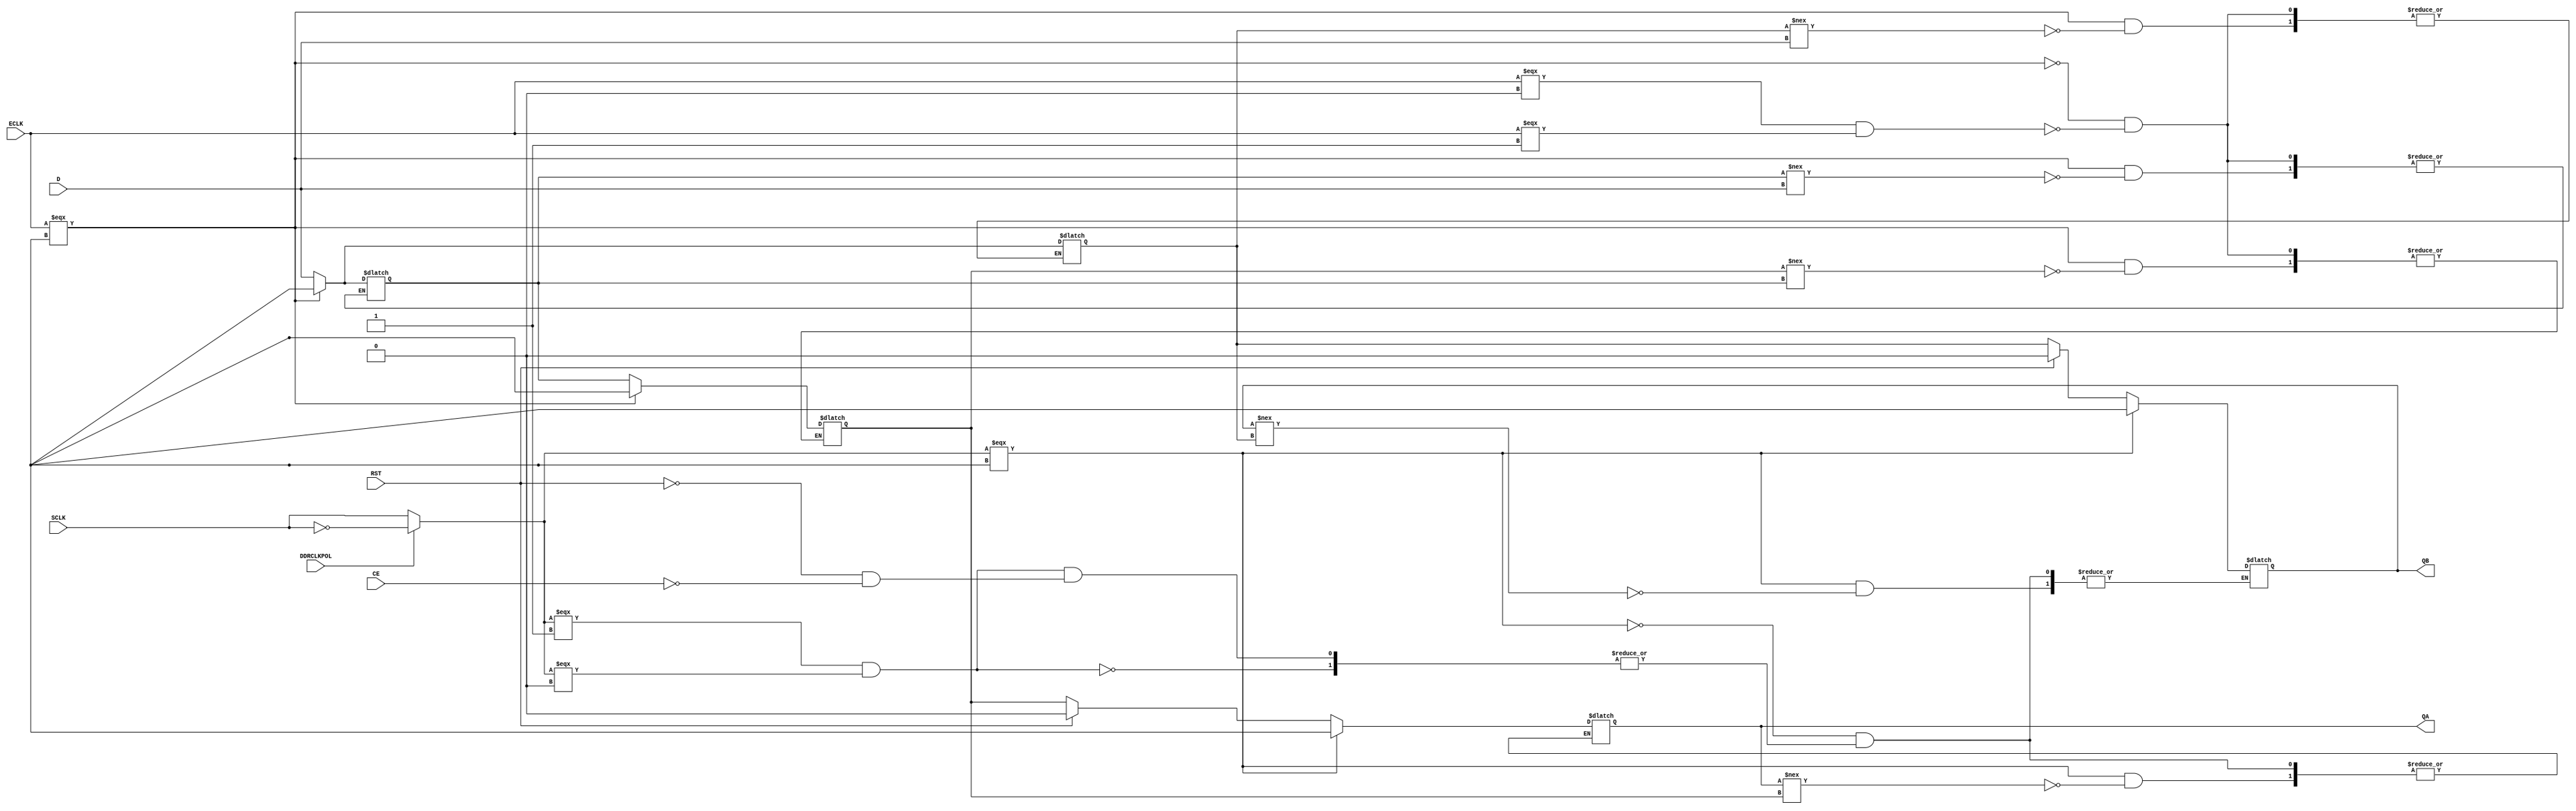
`resetall
`timescale 1 ns / 1 ps

`celldefine

module IDDRMX1A(D, ECLK, SCLK, CE, RST, DDRCLKPOL, QA, QB);

input  D, ECLK, SCLK, CE, DDRCLKPOL, RST;
output QA, QB;

wire Db, ECLKB, SCLKB, CEB, DDRCLKPOLB, RSTB;

reg QP0, QN0, QN1;
reg last_ECLK, last_sclk_pol;
reg IPOS0, IPOS1;
wire sclk_pol;
wire sclk_pol_p;
wire sclk_pol_n;

buf (Db, D);
buf (ECLKB, ECLK);
buf (SCLKB, SCLK);
buf (CEB, CE);
buf (DDRCLKPOLB, DDRCLKPOL);
buf (RSTB, RST);

//buf (QA, IPOS0);
//buf (QB, IPOS1);
buf (QA, IPOS1);
buf (QB, IPOS0);

initial
begin
QP0 = 0;
QN1 = 0;
QN0 = 0;
IPOS0 = 0;
IPOS1 = 0;
end

assign sclk_pol_p = SCLKB;
assign sclk_pol_n = ~SCLKB;
assign sclk_pol = DDRCLKPOLB ? sclk_pol_n : sclk_pol_p;

initial
begin
last_ECLK = 1'b0;
last_sclk_pol = 1'b0;
end

always @ (ECLKB, sclk_pol)
begin
   last_ECLK <= ECLKB;
   last_sclk_pol <= sclk_pol;
end

always @ (ECLKB)
begin
   if (ECLKB === 1'bX)
   begin
      if (QN0 !== Db)
         QN0 <= 1'bX;
   end
   else
   begin
      if (ECLKB === 1'b0 && last_ECLK === 1'b1)
      begin
         QN0 <= Db;
      end
   end
end

always @ (ECLKB)
begin
   if (ECLKB === 1'bX)
   begin
      if (QP0 !== Db)
         QP0 <= 1'bX;
   end
   else
   begin
      if (ECLKB === 1'b1 && last_ECLK === 1'b0)
      begin
         QP0 <= Db;
      end
   end
end

always @ (ECLKB)
begin
   if (ECLKB === 1'bX)
   begin
      if (QN1 !== QP0)
         QN1 <= 1'bX;
   end
   else
   begin
      if (ECLKB === 1'b0 && last_ECLK === 1'b1)
      begin
         QN1 <= QP0;
      end
   end
end

always @ (sclk_pol)
begin
   if (sclk_pol === 1'bX)
   begin
      if (IPOS0 !== QN0)
         IPOS0 <= 1'bX;
   end
   else
   begin
      if (sclk_pol === 1'b1 && last_sclk_pol === 1'b0)
      begin
         if (RSTB == 1'b1)
            IPOS0 <= 1'b0;
         else if (CEB == 1'b1)
            IPOS0 <= QN0;
      end
   end
end

always @ (sclk_pol)
begin
   if (sclk_pol === 1'bX)
   begin
      if (IPOS1 !== QN1)
         IPOS1 <= 1'bX;
   end
   else
   begin
      if (sclk_pol === 1'b1 && last_sclk_pol === 1'b0)
      begin
         if (RSTB == 1'b1)
            IPOS1 <= 1'b0;
         else if (CEB == 1'b1)
            IPOS1 <= QN1;
      end
   end
end

endmodule

`endcelldefine